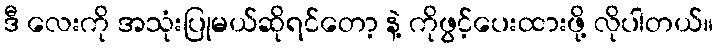
ဒီ လေးကို အသုံးပြုမယ်ဆိုရင်တော့ နဲ့ ကိုဖွင့်ပေးထားဖို့ လိုပါတယ်။